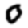
Digit: 0